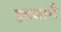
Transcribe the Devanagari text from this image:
इतबारी